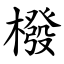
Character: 橃